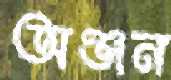
অঞ্জন